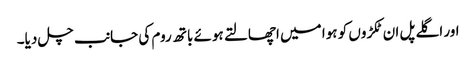
اور اگلے پل ان ٹکڑوں کو ہوا میں اچھالتے ہوئے باتھ روم کی جانب چل دیا۔